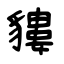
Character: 貗